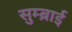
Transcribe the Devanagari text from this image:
सुम्ब्राई